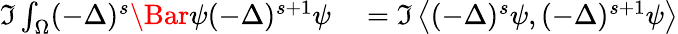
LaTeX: \begin{array}{rl}{\Im\int_{\Omega}(-\Delta)^{s}\Bar{\psi}(-\Delta)^{s+1}\psi}&{{}=\Im\left\langle(-\Delta)^{s}\psi,(-\Delta)^{s+1}\psi\right\rangle}\end{array}